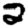
Digit: 2